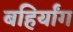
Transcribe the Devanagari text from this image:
बहिर्यांग